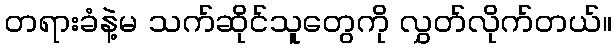
တရားခံနဲ့မ သက်ဆိုင်သူတွေကို လွှတ်လိုက်တယ်။